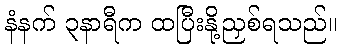
နံနက် ၃နာရီက ထပြီးနို့ညှစ်ရသည်။